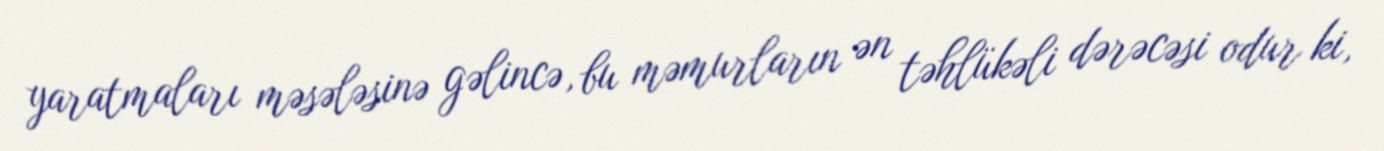
yaratmaları məsələsinə gəlincə, bu məmurların ən təhlükəli dərəcəsi odur ki,